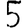
Digit: 5